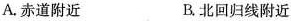
A.赤道附近 B.北回归线附近